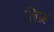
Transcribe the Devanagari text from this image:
लिव्र